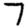
Digit: 7